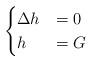
LaTeX: \begin{align*} \begin{cases} \Delta h &= 0\quad\\ h &=G\quad \end{cases} \end{align*}